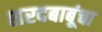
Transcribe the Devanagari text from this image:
शरदबाबूंचा